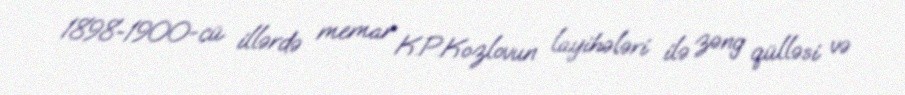
1898-1900-cü illərdə memar K.P.Kozlovun layihələri ilə zəng qülləsi və